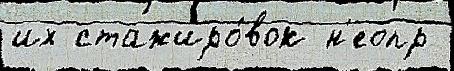
их стажиро́вок н'еопр